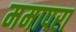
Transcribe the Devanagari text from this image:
ममापरा